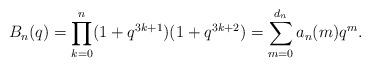
LaTeX: \begin{align*}B_n(q)=\prod_{k=0}^{n}(1+q^{3k+1})(1+q^{3k+2})=\sum_{m=0}^{d_n}a_n(m)q^m.\end{align*}